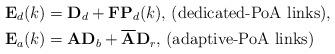
LaTeX: \begin{align*} {\bf{E}}_d(k) &= {\bf{D}}_d + {\bf{F}}{\bf{P}}_d(k) \mbox{, (dedicated-PoA links)},\\{\bf{E}}_{a}(k) &= {\bf{A}}{\bf{D}}_{b} + \overline{\bf{A}}{\bf{D}}_{r} \mbox{, (adaptive-PoA links)}\end{align*}